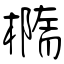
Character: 橢